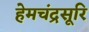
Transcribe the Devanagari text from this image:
हेमचंद्रसूरि